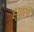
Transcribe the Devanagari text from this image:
ह्याशी